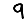
Digit: 9